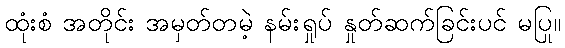
ထုံးစံ အတိုင်း အမှတ်တမဲ့ နမ်းရှုပ် နှုတ်ဆက်ခြင်းပင် မပြု။